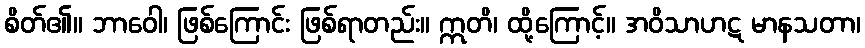
စိတ်၏။ ဘာဝေါ၊ ဖြစ်ကြောင်း ဖြစ်ရာတည်း။ ဣတိ၊ ထို့ကြောင့်။ အဝိသာဟဋ မာနသတာ၊